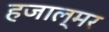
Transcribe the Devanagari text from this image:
हजाल्मर